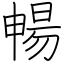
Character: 暢